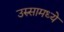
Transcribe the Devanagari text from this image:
उरुसामध्ये